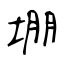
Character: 堋